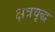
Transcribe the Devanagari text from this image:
क्षत्रवृद्ध